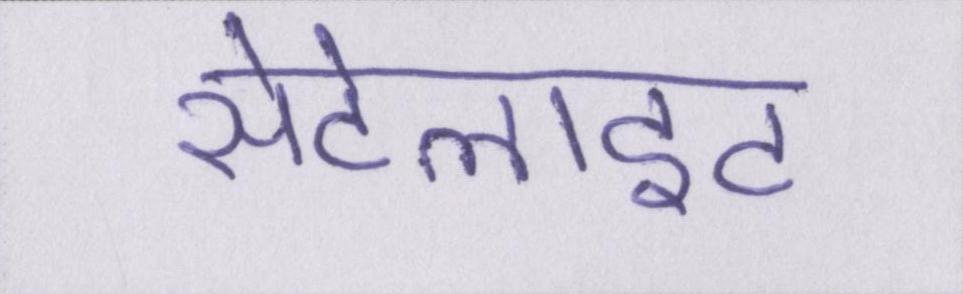
सेटेलाइट